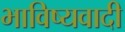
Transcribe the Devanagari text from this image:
भाविष्यवादी